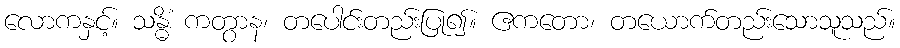
လောကနှင့်။ သန္ဓိံ ကတွာန၊ တပေါင်းတည်းပြု၍။ ဧကတော၊ တယောက်တည်းသောသူသည်။